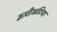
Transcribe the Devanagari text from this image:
ऊँचीभटिया